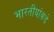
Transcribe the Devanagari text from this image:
भारतीयांकडे